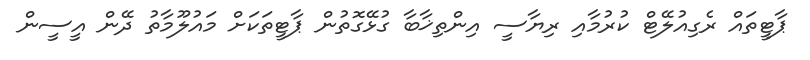
ޕާޓީތައް ރެގިއުލޭޓް ކުރުމާއި ރިޔާސީ އިންތިޚާބާ ގުޅޭގޮތުން ޕާޓީތަކަށް މައުލޫމާތު ދޭން އީސީން